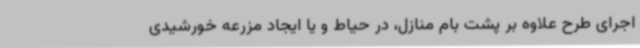
اجرای طرح علاوه بر پشت بام منازل، در حیاط و یا ایجاد مزرعه خورشیدی